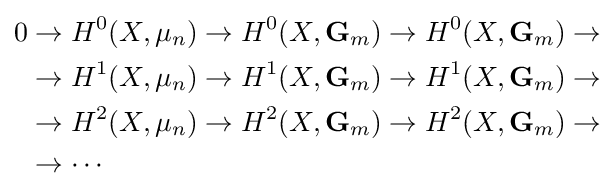
{\begin{aligned}0&\to H^{0}(X,\mu _{n})\to H^{0}(X,\mathbf {G} _{m})\to H^{0}(X,\mathbf {G} _{m})\to \\&\to H^{1}(X,\mu _{n})\to H^{1}(X,\mathbf {G} _{m})\to H^{1}(X,\mathbf {G} _{m})\to \\&\to H^{2}(X,\mu _{n})\to H^{2}(X,\mathbf {G} _{m})\to H^{2}(X,\mathbf {G} _{m})\to \\&\to \cdots \end{aligned}}